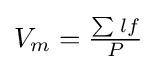
{\textstyle V_{m}={\frac {\sum _{}lf}{P}}}